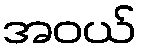
အဝယ်